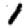
Digit: 1